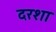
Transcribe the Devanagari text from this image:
दरशा